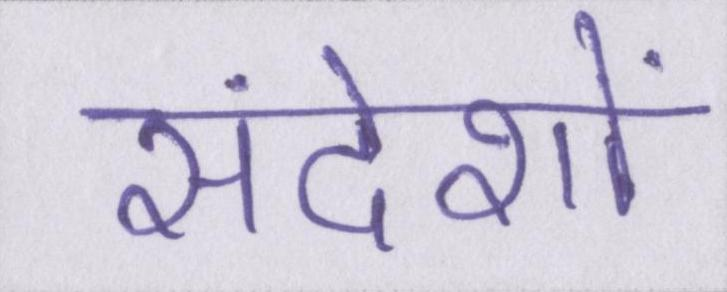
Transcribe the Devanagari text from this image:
संदेशों